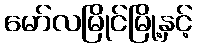
မော်လမြိုင်မြို့နှင့်